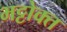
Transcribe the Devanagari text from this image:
भट्टोक्त